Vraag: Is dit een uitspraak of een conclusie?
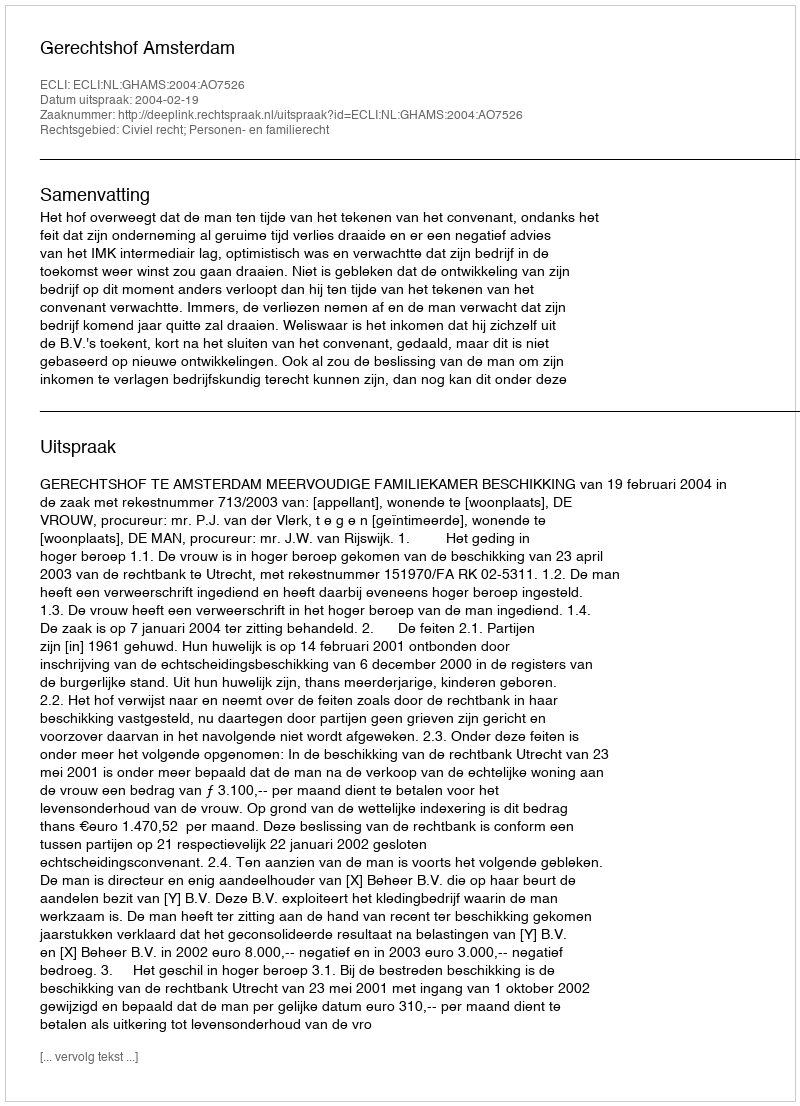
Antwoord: Uitspraak